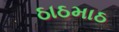
ઠાઠમાઠ